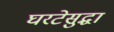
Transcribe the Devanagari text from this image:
घरटेसुद्धा